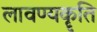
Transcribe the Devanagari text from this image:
लावण्यकॄति